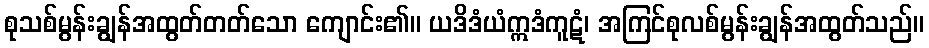
စုသစ်မွန်းချွန်အထွတ်တတ်သော ကျောင်း၏။ ယဒိဒံယံဣဒံကူဋံ၊ အကြင်စုလစ်မွန်းချွန်အထွတ်သည်။